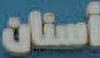
أسنان